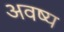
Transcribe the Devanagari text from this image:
अवष्य